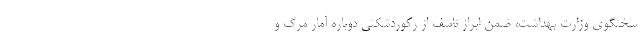
سخنگوی وزارت بهداشت، ضمن ابراز تاسف از رکوردشکنی دوباره آمار مرگ و